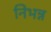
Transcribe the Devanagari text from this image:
निभन्न